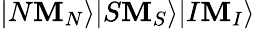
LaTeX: |N\mathbf{M}_{N}\rangle|S\mathbf{M}_{S}\rangle|I\mathbf{M}_{I}\rangle